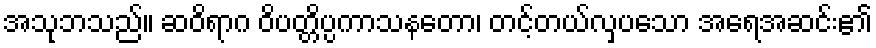
အသုဘသည်။ ဆဝိရာဂ ဝိပတ္တိပ္ပကာသနတော၊ တင့်တယ်လှပသော အရေအဆင်း၏